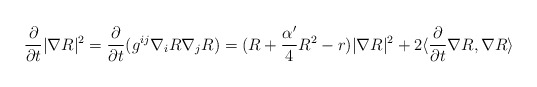
\begin{align*}\frac{\partial}{\partial t}|\nabla R|^2=\frac{\partial}{\partial t}(g^{ij}\nabla_iR\nabla_jR) =(R+\frac{\alpha'}{4}R^2-r)|\nabla R|^2 +2\langle\frac{\partial}{\partial t}\nabla R,\nabla R\rangle\end{align*}